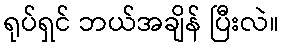
ရုပ်ရှင် ဘယ်အချိန် ပြီးလဲ။